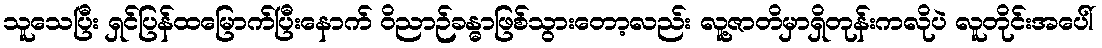
သူသေပြီး ရှင်ပြန်ထမြောက်ပြီးနောက် ဝိညာဉ်ခန္ဓာဖြစ်သွားတော့လည်း လူ့ဇာတိမှာရှိတုန်းကလိုပဲ လူတိုင်းအပေါ်